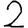
Digit: 2